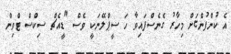
އެ ކުންފުންޏަށް މިހާރު ގެނެސްފައިވާ ހަ ސީޕްލޭނަކީ ވެސް "ޑީއެޗް ސިކްސް ޓްވިން